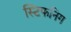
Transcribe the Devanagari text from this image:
स्टिफनिंग